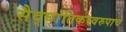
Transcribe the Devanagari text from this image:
सैद्घांतिकस्वरुपाचे